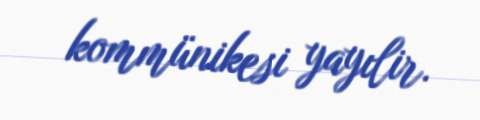
kommünikesi yayılir.